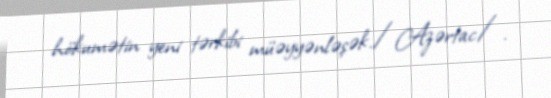
hökumətin yeni tərkibi müəyyənləşək./Azərtac/.